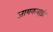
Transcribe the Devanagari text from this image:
जायकवाड़ी